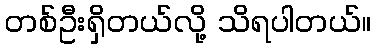
တစ်ဦးရှိတယ်လို့ သိရပါတယ်။